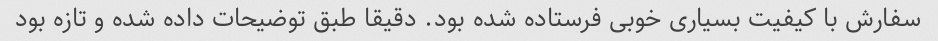
سفارش با کیفیت بسیاری خوبی فرستاده شده بود. دقیقا طبق توضیحات داده شده و تازه بود